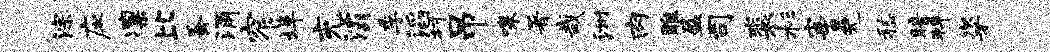
淙应凛比蚤涌窄埠充灞季滔村吊嗥署哉洲肉雕盈司裴杉宰冕嵇暗拜粢